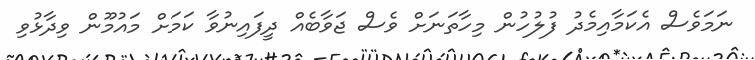
ނަމަވެސް އެކަމާއިމެދު ފުލުހުން މިހާތަނަށް ވެސް ޖަވާބެއް ދީފައިނުވާ ކަމަށް މައުމޫން ވިދާޅުވި